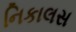
નિકાલસ